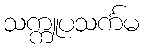
သက္ကူပသင်္ကမ